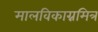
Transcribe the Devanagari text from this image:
मालविकाग्नमित्र